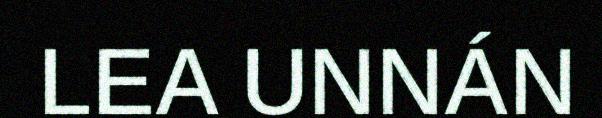
LEA UNNÁN